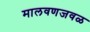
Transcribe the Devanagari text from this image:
मालवणजवळ